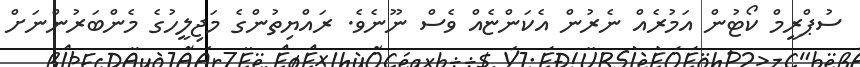
ސުޕްރީމް ކޯޓުން އަމުރެއް ނެރުން އެކަންޏެއް ވެސް ނޫނެވެ. ރައްޔިތުންގެ މަޖިލީހުގެ މެންބަރުންނަށް